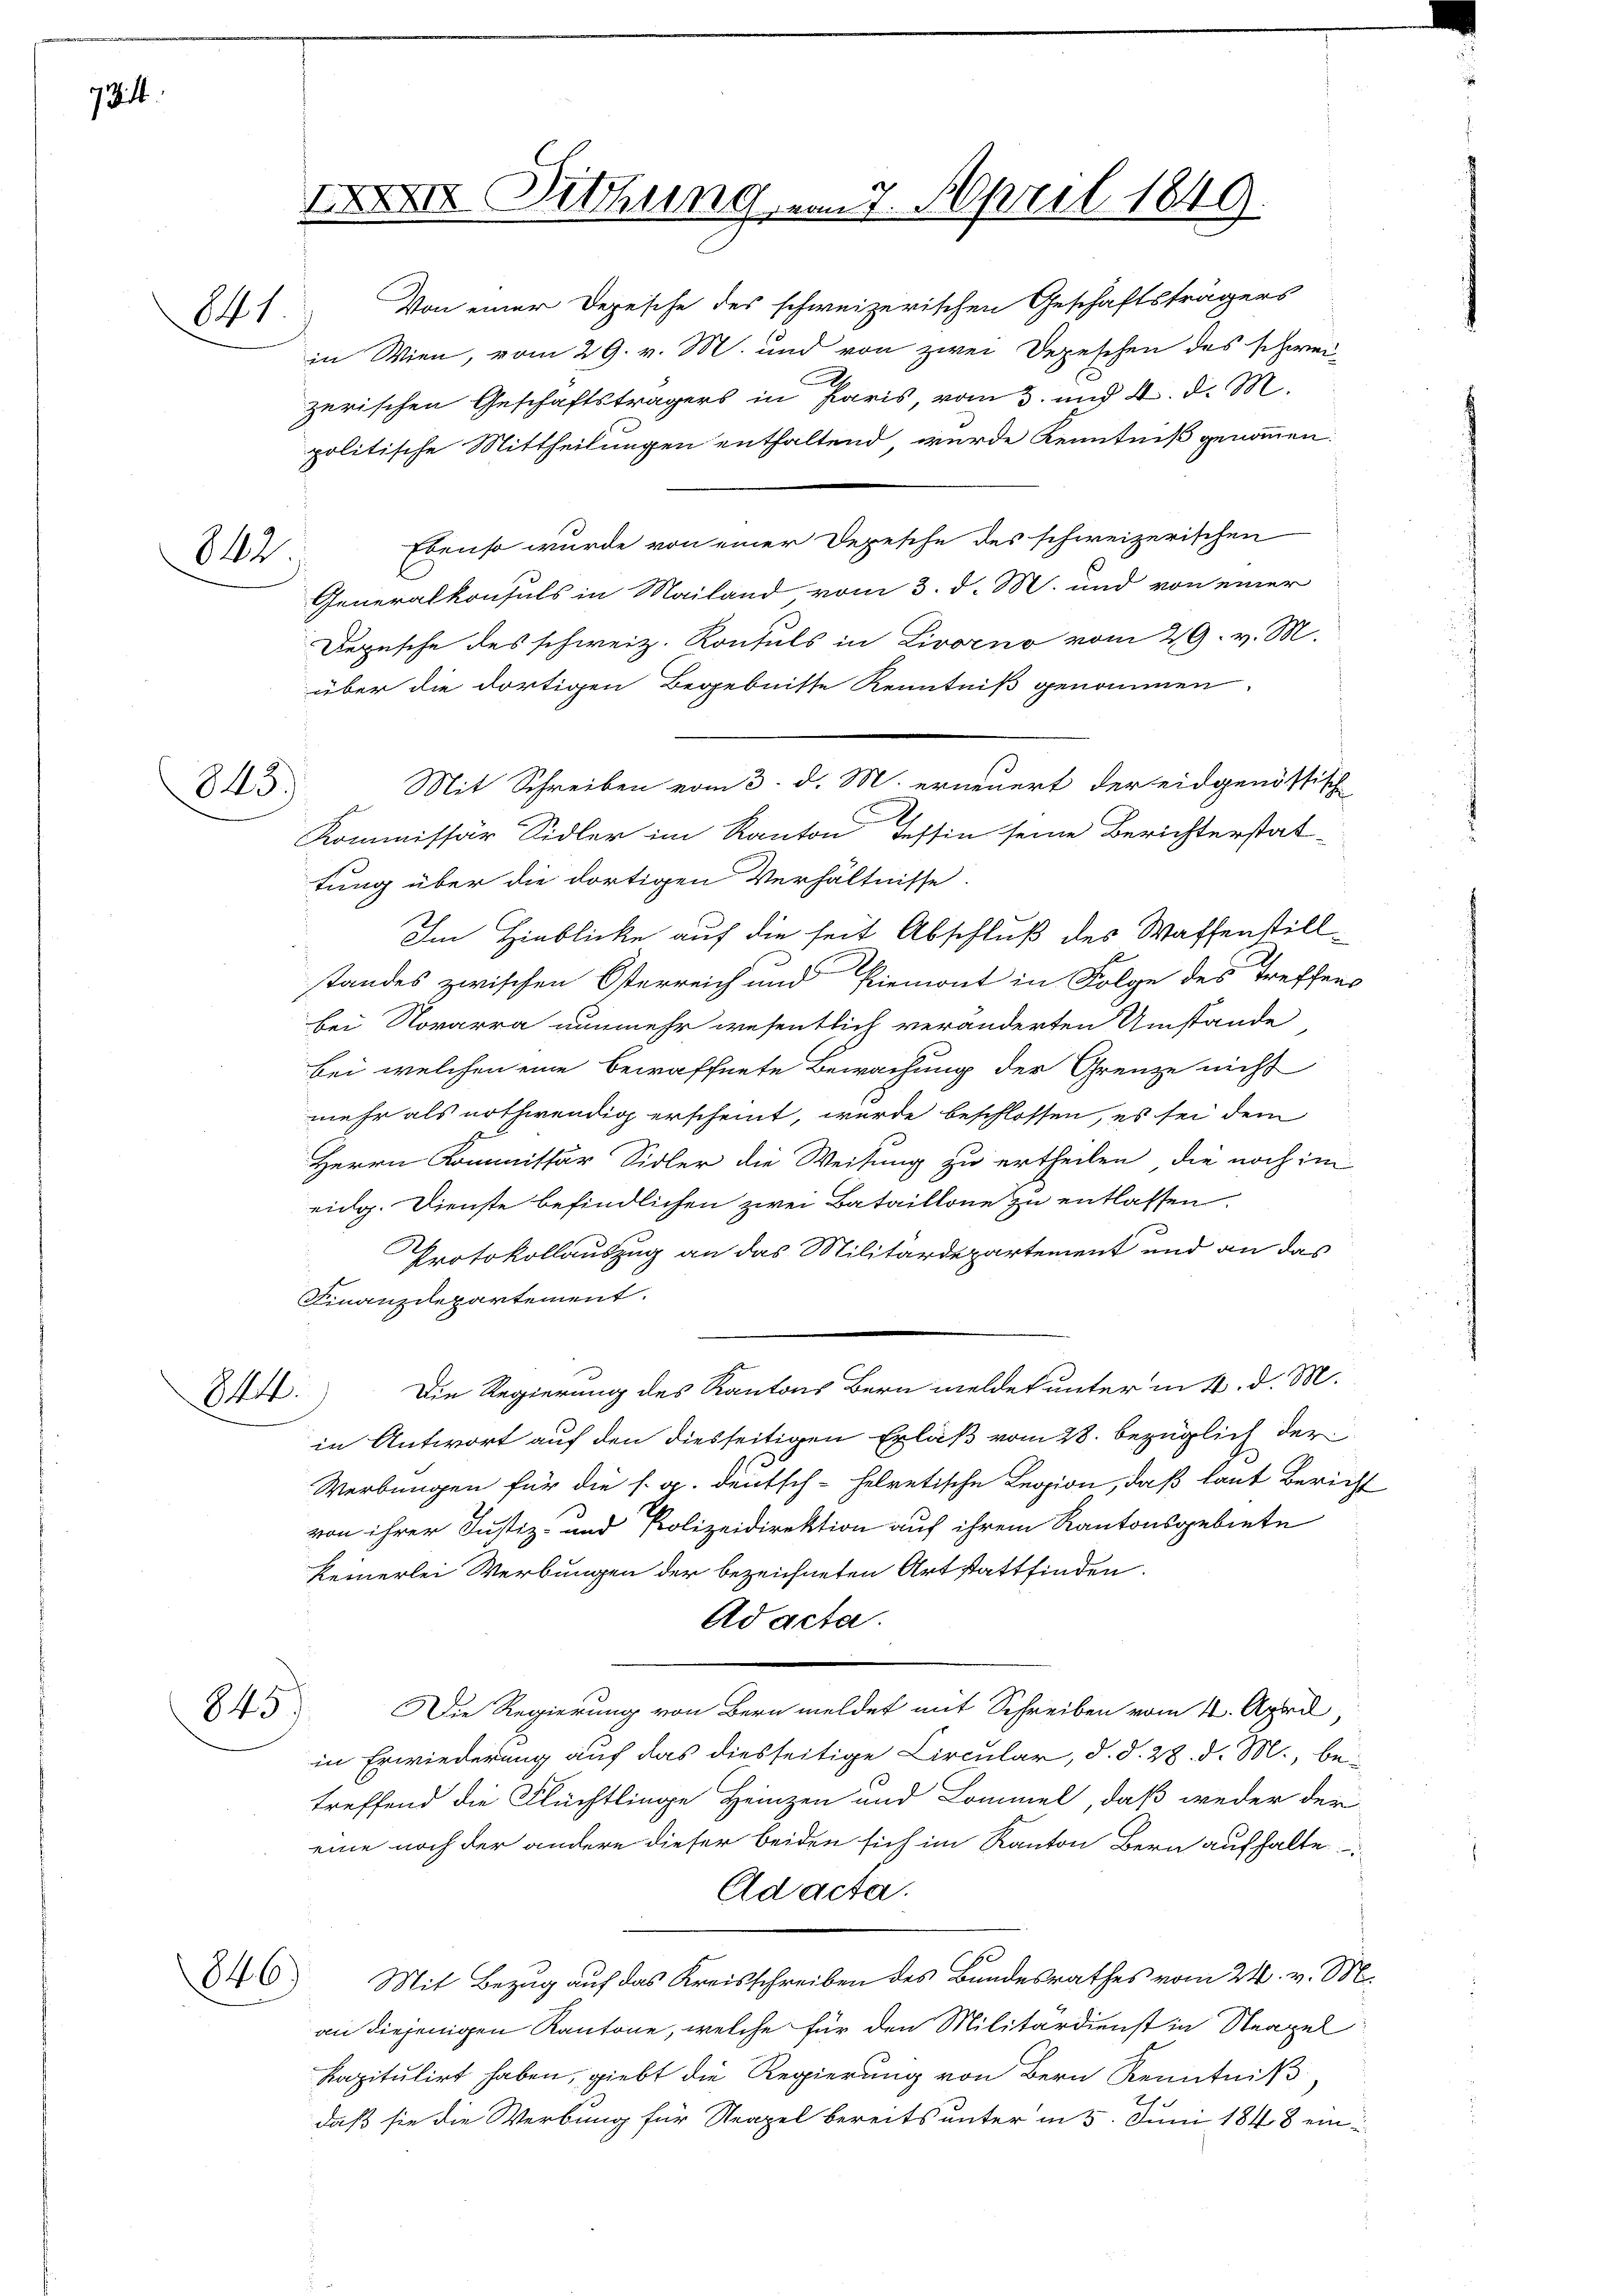
734

841

842.

845)

846)

XXXVII. Ditthung

27. April 1849.

Mit Schreiben vom 3. d. M. erneuert der eidgenössische

Von einer Depesche des schweizerischen Geschäftsträgers
in Wien, vom 29. v. M. und von zwei Depeschen des schweizerischen Geschäftsträgers in Paris, vom 3. und 4. d. M.
politische Mittheilungen enthaltend wurde Kenntniß genommen.
Ebenso wurde von einer Depesche des schweizerischen
Generalkonsuls in Mailand vom 3. d. M. und von einer
Depesche des schweiz. Konsuls in Livorno vom 29. v. M.
über die dortigen Begebnisse Kenntniß genommen.
Kommissär Sidler im Kanton Testin seine Berichterstattung über die dortigen Verhältnisse.
Im Hinblicke auf die seit Abschluß des Waffenstillstandes zwischen Österreich und Piemont in Folge des Treffens
bei Norarra nunmehr wesentlich veränderten Umstände
bei welchen eine bewaffnete Bewachung der Grenze nicht
mehr als nothwendig erscheint, wurde beschlossen, es sei dem
Herrn Kommissär Sidler die Weisung zu ertheilen, die noch im
eidg. Dienste befindlichen zwei Bataillone zu entlassen.
Protokollauszug an das Militärdepartement und an das
Kinanzdepartement.
44.) Die Regierung des Kantons Bern meldet unter in 4. d. M.
in Antwort auf den diesseitigen Erlaß vom 28. bezüglich der
Werbungen für die s. g. deutsch-helvetische Legion, daß laut Bericht
von ihrer Justiz- und Polizeidirektion auf ihrem Kantonsgebiete
keinerlei Werbungen der bezeichneten Art stattfinden.
Ad acta.
243. Die Regierung von Bern meldet mit Schreiben vom 14. April,
in Erwiederung auf das diesseitige Circular, d. d. 28. d. M., betreffend die Flüchtlinge Heinzen und Lommel, daß weder der
eine noch der andere dieser beiden sich im Kanton Bern aufhalte
Ad acta.
Mit Bezug auf das Kreisschreiben des Bundesrathes vom 24. v. M.
an diejenigen Kantone, welche für den Militärdienst in Neapel
kapitulirt haben, giebt die Regierung von Bern Kenntniß
daß sie die Werbung für Neapel bereits unter in 5. Juni 1848 ein¬

s